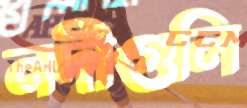
নদীগুলি